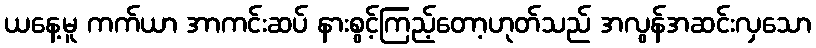
ယနေ့မူ ကက်ယာ အာကင်းဆပ် နားစွင့်ကြည့်တော့ဟုတ်သည် အလွန်အဆင်းလှသော